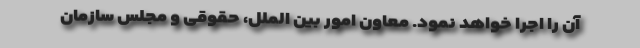
آن را اجرا خواهد نمود. معاون امور بین الملل، حقوقی و مجلس سازمان